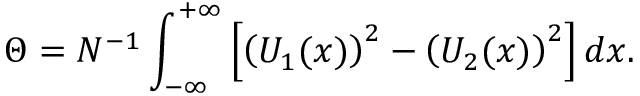
\Theta = N ^ { - 1 } \int _ { - \infty } ^ { + \infty } \left[ \left( U _ { 1 } ( x ) \right) ^ { 2 } - \left( U _ { 2 } ( x ) \right) ^ { 2 } \right] d x .